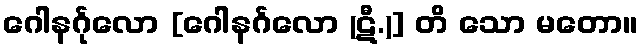
ဂေါနင်္ဂုလော [ဂေါနင်္ဂလော (ဋီ.)] တိ သော မတော။